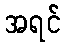
အရင်